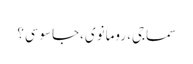
سماجی، رومانوی،جاسوسی؟